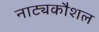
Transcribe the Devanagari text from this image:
नाट्यकौशल